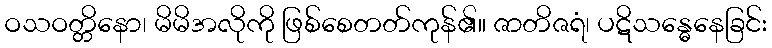
ဝသဝတ္တိနော၊ မိမိအလိုကို ဖြစ်စေတတ်ကုန်၏။ ဇာတိဇရံ၊ ပဋိသန္ဓေနေခြင်း